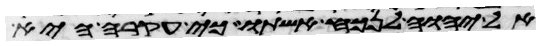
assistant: אל יהוה לנכח אשתו כי עקרה היא